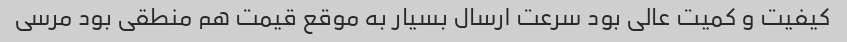
کیفیت و کمیت عالی بود سرعت ارسال بسیار به موقع قیمت هم منطقی بود مرسی